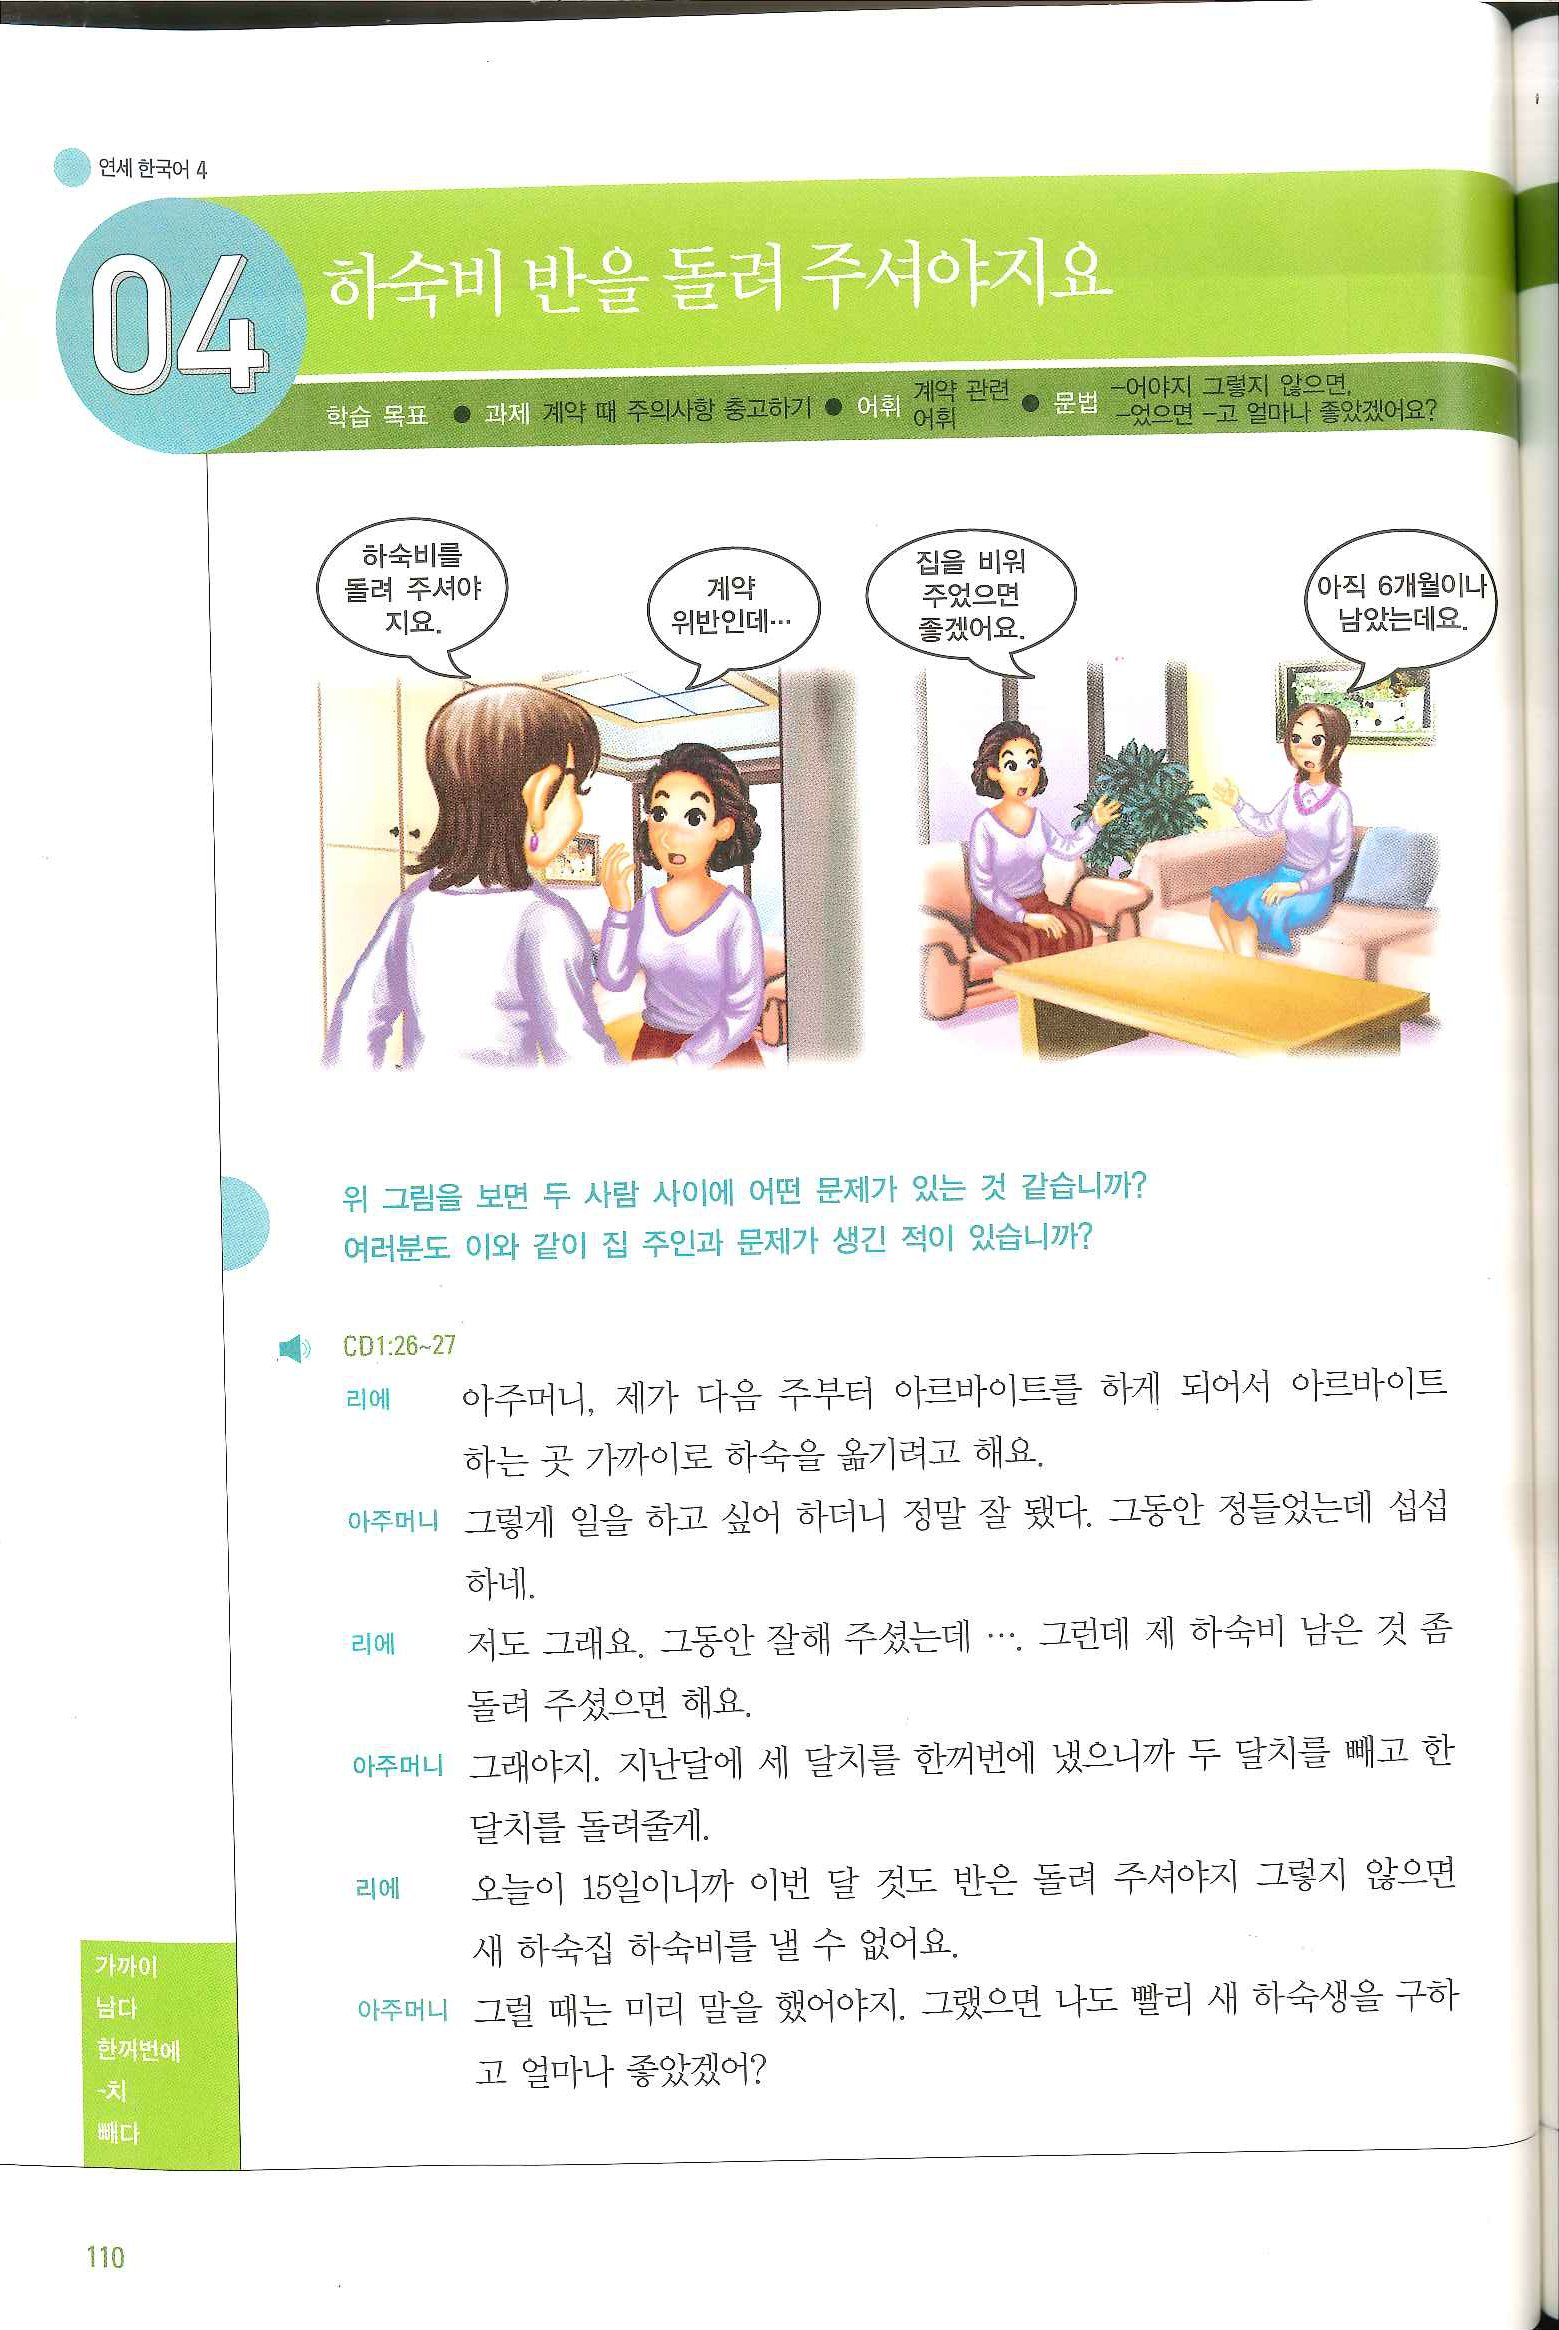
Language: ko